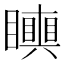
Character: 𥌪